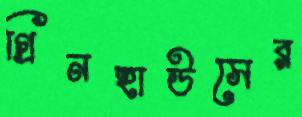
গ্রিনহাউসের